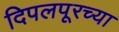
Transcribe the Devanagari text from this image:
दिपलपूरच्या